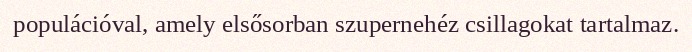
populációval, amely elsősorban szupernehéz csillagokat tartalmaz.